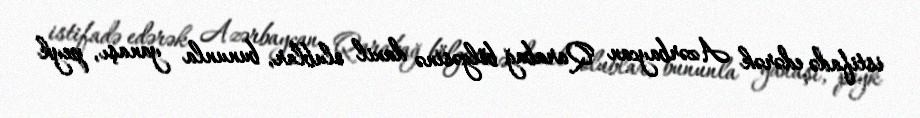
istifadə edərək Azərbaycan Qarabağ bölgəsinə daxil olublar, bununla yanaşı, peyk